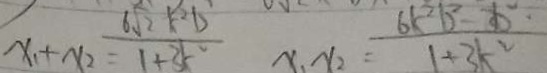
x _ { 1 } + x _ { 2 } = \frac { 6 \sqrt { 2 } - k ^ { 2 } b } { 1 + 3 k ^ { 2 } } x _ { 1 } x _ { 2 } = \frac { 6 k ^ { 2 } b ^ { 2 } - 2 b ^ { 2 } } { 1 + 3 k ^ { 2 } }